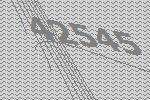
42545